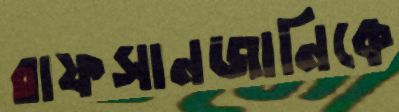
রাফসানজানিকে